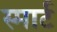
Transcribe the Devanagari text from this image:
स्‍मार्ट